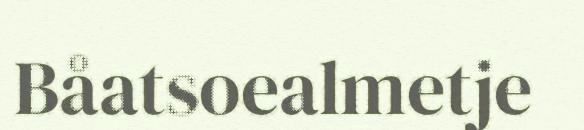
Båatsoealmetje